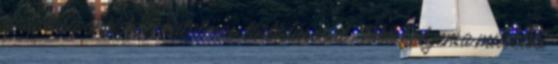
fordulása okozta a hatalmas torlódásokat. Több helyen a műszaki